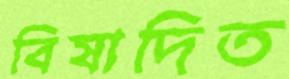
বিষাদিত